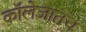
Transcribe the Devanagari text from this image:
कॉलेजातच